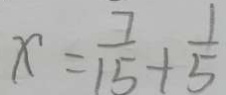
x = \frac { 7 } { 1 5 } + \frac { 1 } { 5 }